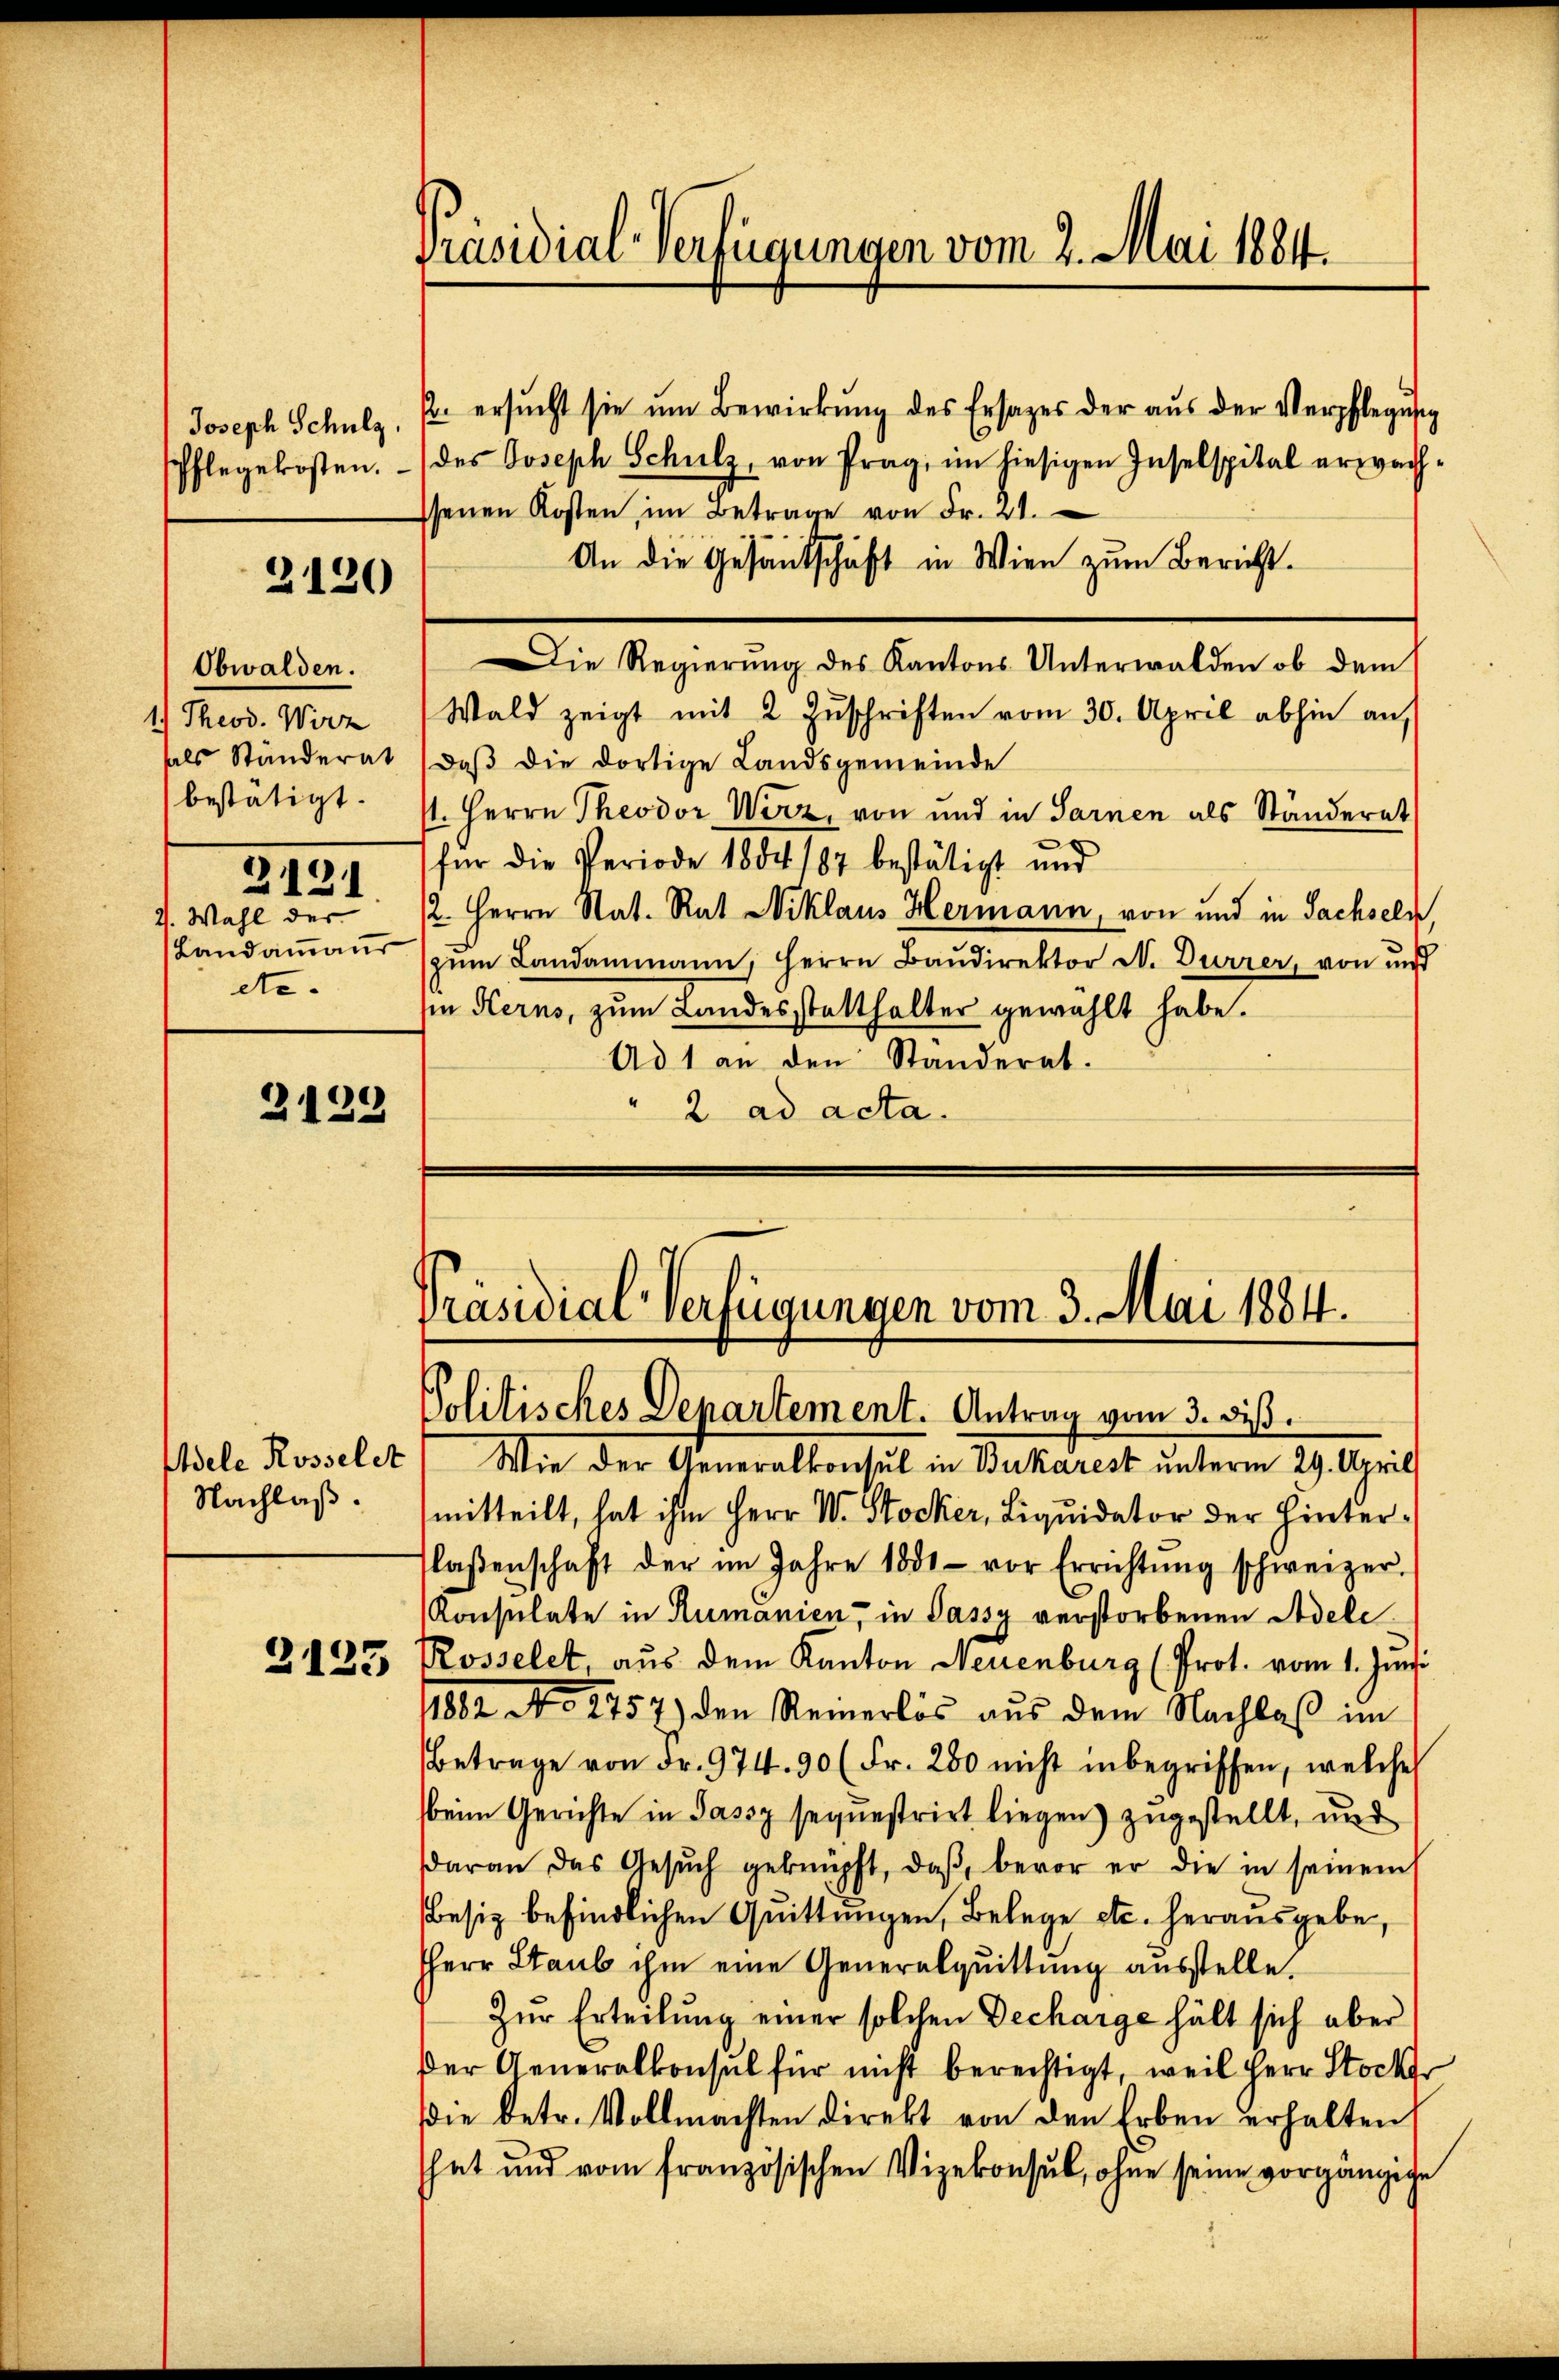
Joseph Schulz,
Pflegekosten.

2120

Obwalden.
1) Theod. Wirz
als Ständerat
bestätigt.
2121
2. Wahl der
Landamman
etc.

2439

Adele Rosselet
Nachlaß.

2125

Präsidial-Verfügungen vom 2. Mai 1884.

ersŭcht sie um Bewirkung des Ersatzes der aus der Verpflegung
des Joseph Schulz, von Prag, im hiesigen Inselspital erwachsenen Kosten im Betrage von Fr. 41.
An die Gesandtschäft in Wien zum Bericht.
Die Regierung des Kantons Unterwalden ob dem
Wald zeigt mit 2 Zuschriften vom 30. April abhin auf
daβ die dortige Landsgemeinde
/1. Herrn Theodor Wirz, von und in Sarnen als Ständeret
für die Periode 1884 187 bestätigt und
/2. Herrn Rat. Rat Niklaus Hermann, von und in Sachseln,
zŭm Landammann, Herrn Baŭdirektor N. Dürrer, von und
in Herns, zum Landesstatthalter gewählt habe.
Ad 1 an den Standerat.
2 ad acta.

Präsidial-Verfügungen vom 3. Mai 1884.
Politisches Departement. Antrag vom 3. diß.

Wie der Generalkonsul in Bukarest unterm 29. April
mitteilt, hat ihm Herr V. Stocker, Liquidator der Hinterlaßenschaft der im Jahre 1881 vor Errichtŭng schweizer-
Konsulate in Rumänien, in Passy verstorbenen Pedele
Rosselet, aus dem Kanton Neuenburg (Prot. vom 1. Juni
11882 No 2757) den Reinerlös aus dem Nachlaß im
Betrage von Fr. 974. 90 (Fr. 280 nicht inbegriffen, welche
beim Gerichte in Passy sequestrirt liegen) zugestellt, und
daran das Gesŭch geknüpft, daβ bevor er die in seinem
besiz befindlichen Quittungen, Belege etc. herausgebe,
HHerr Staub ihm eine Generalquittung ausstelle.
Zur Erteilung einer solchen Decharge hält sich aber
Der Generalkonsul für nicht berechtigt, weil Herr Stock
die betr. Vollmachten direkt von den Erben erhalten
hat und vom französischen Vizekonsul, ohne seine vorgängige